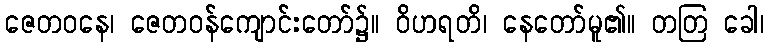
ဇေတဝနေ၊ ဇေတဝန်ကျောင်းတော်၌။ ဝိဟရတိ၊ နေတော်မူ၏။ တတြ ခေါ၊